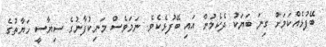
ބޭފުޅެއްކަމަށް ގިނަ ބަޔަކު ދެކެމުން އައި ބޭފުޅެކެވެ. ނަމަވެސް މަނިކުފާނުގެ ސިޔާސީ ހަޔާތުގެ